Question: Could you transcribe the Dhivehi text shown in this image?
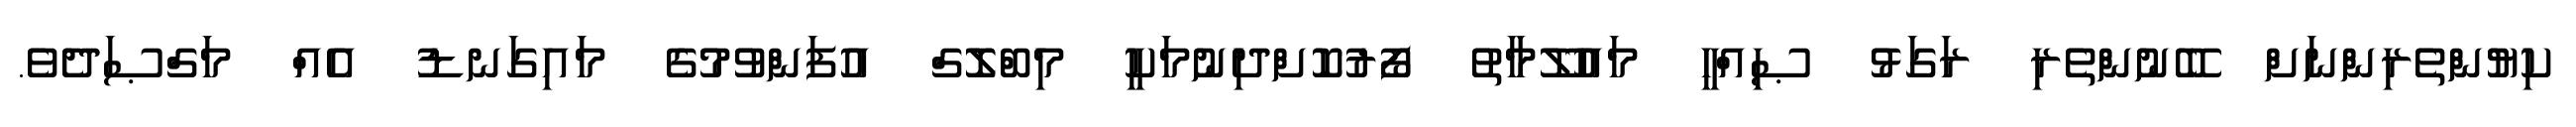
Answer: ކިޔުންތެރިންނަށް ބޭނުންތެރި ރަގަޅު ޞިއްހީ މައުލޫމާތު ފޯރުކޮށްދިނުމަކީ މިބްލޮގް އުފަންވުމުގެ މައިގަނޑު އެއް މަގްޞަދެވެ.